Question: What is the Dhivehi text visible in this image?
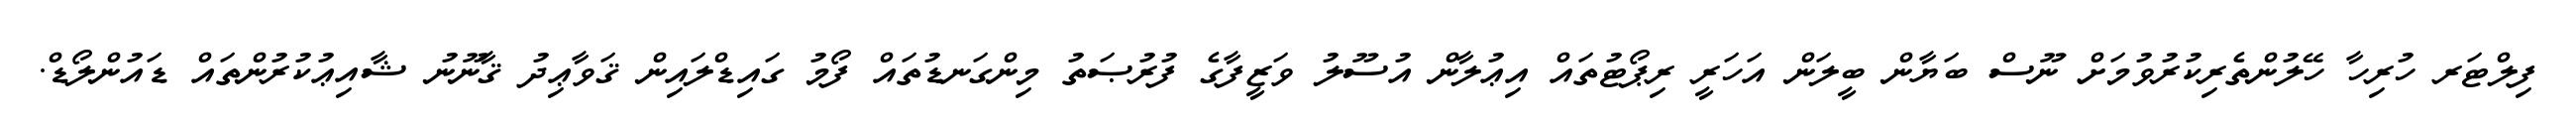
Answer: ފިލްޓަރ ހުރިހާ ހޭލުންތެރިކުރުވުމަށް ނޫސް ބަޔާން ބީލަން އަހަރީ ރިޕޯޓުތައް އިޢުލާން އުސޫލު ވަޒީފާގެ ފުރުޞަތު މިންގަނޑުތައް ފޯމު ގައިޑްލައިން ޤަވާޢިދު ޤާނޫނު ޝާއިޢުކުރުންތައް ޑައުންލޯޑް.